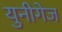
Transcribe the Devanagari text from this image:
युनीगेज